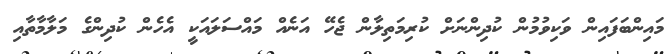
މައިންބަފައިން ވަކިވުމުން ކުދިންނަށް ކުރިމަތިލާން ޖެހޭ އަނެއް މައްސަލައަކީ އެހެން ކުދިންގެ މަލާމާތާއި